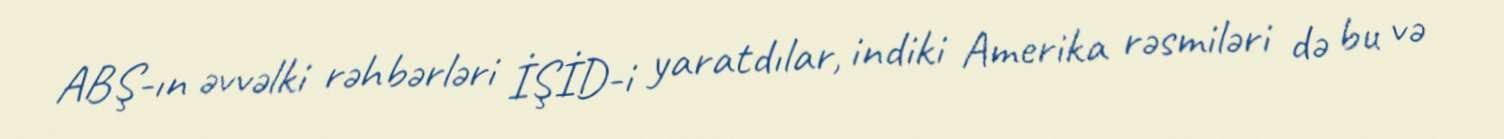
ABŞ-ın əvvəlki rəhbərləri İŞİD-i yaratdılar, indiki Amerika rəsmiləri də bu və